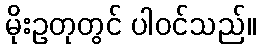
မိုးဥတုတွင် ပါဝင်သည်။